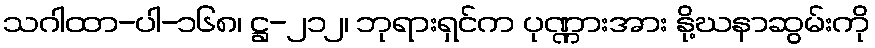
သဂါထာ-ပါ-၁၆၈၊ ဋ္ဌ-၂၁၂၊ ဘုရားရှင်က ပုဏ္ဏားအား နို့ဃနာဆွမ်းကို